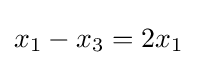
x_{1}-x_{3}=2x_{1}